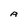
Character: A